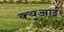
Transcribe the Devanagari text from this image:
क्यूआई